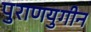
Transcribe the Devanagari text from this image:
पुराणयुगीन